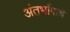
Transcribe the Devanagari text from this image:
अंतर्भागाचे